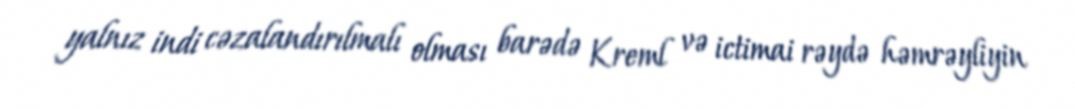
yalnız indi cəzalandırılmalı olması barədə Kreml və ictimai rəydə həmrəyliyin